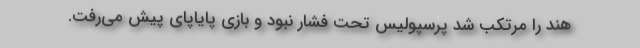
هند را مرتکب شد پرسپولیس تحت فشار نبود و بازی پایاپای پیش می‌رفت.